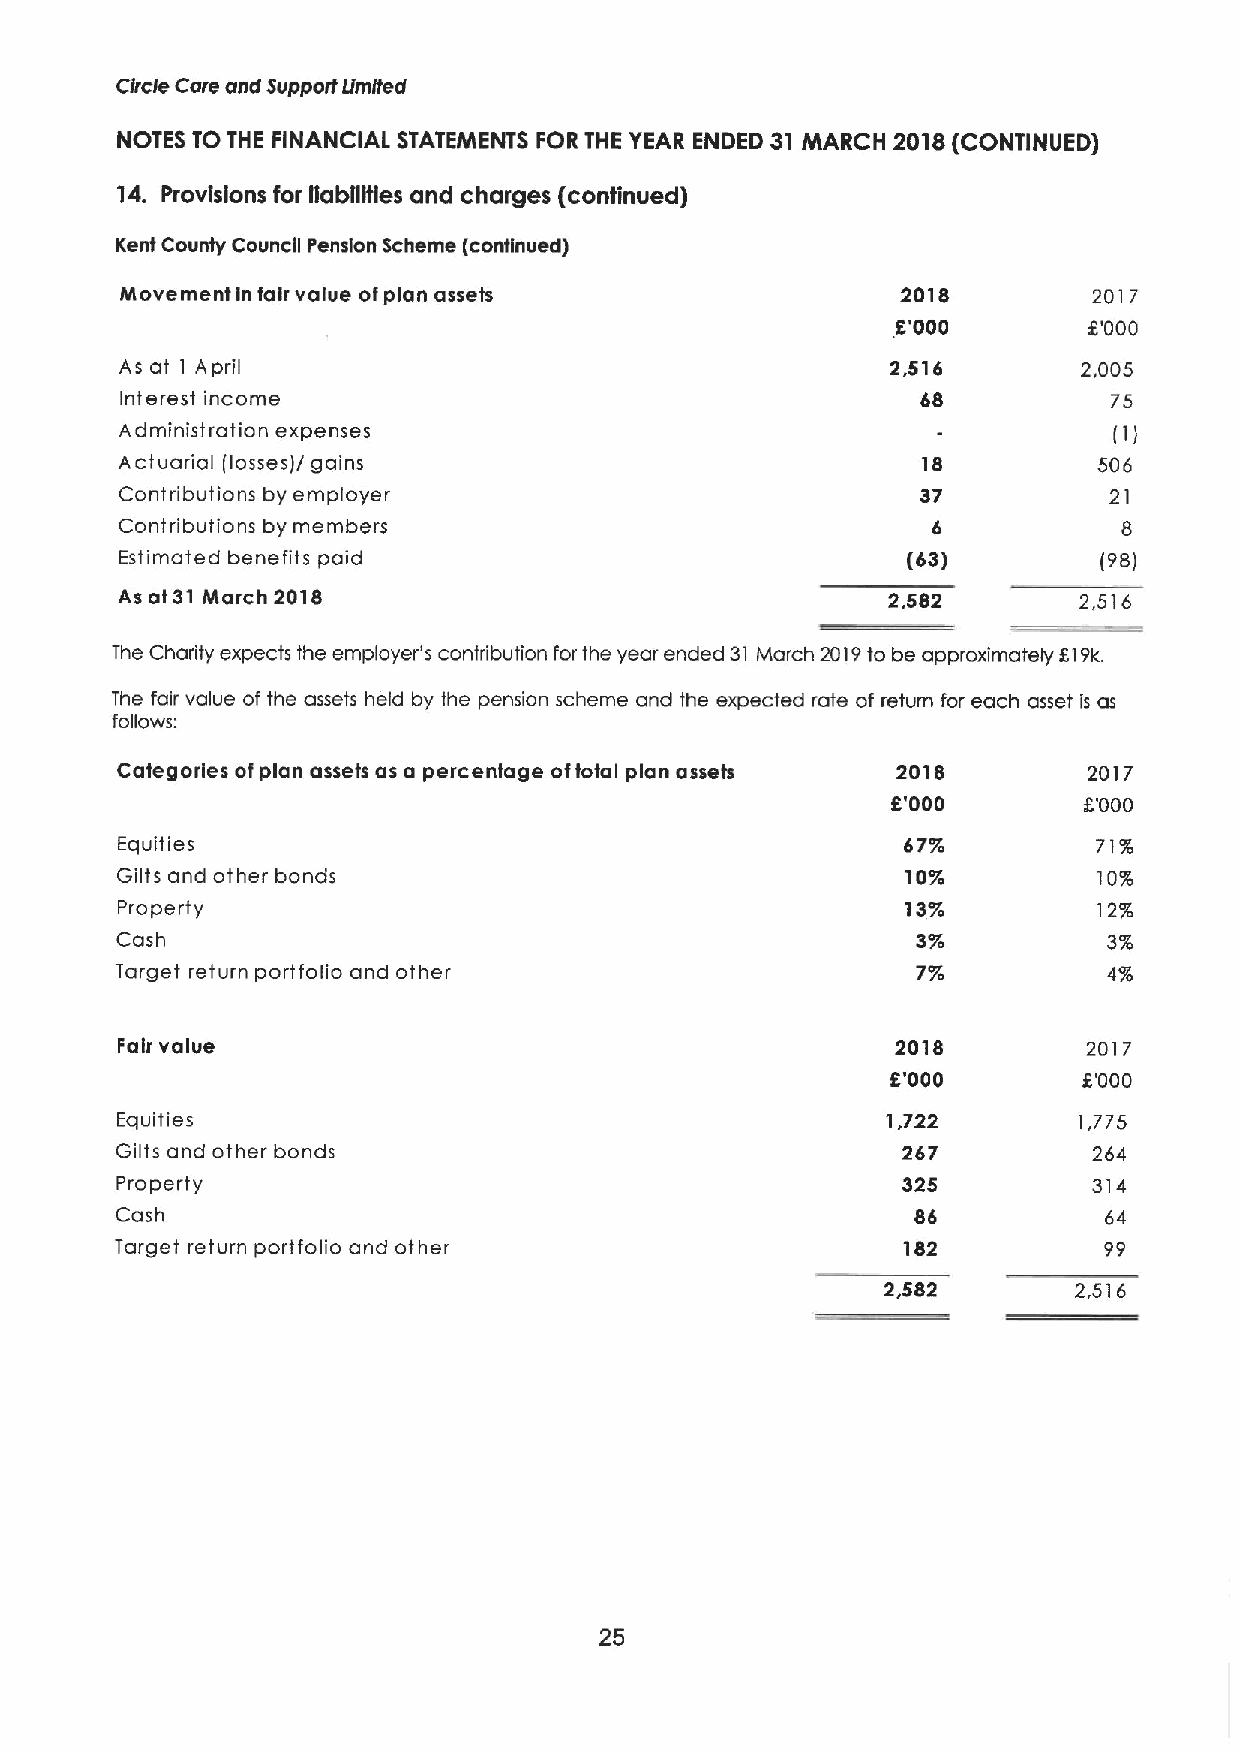
Circle Care and Support Urn(ted
 NOTES TO THE FINANCIAL STATEMENTS FOR THE YEAR ENDED 31 MARCH 2018(CONTINUED)
 14. Provisions for liabilities and charges (continued)
 Kent County Council Pension Scheme (continued)
 Movement In fair value ofplan assets                2018        2017
 5'000        5'000
 As at I April                                      2,516        2,005
 Interest income                                      e8           75
 Administration expenses                                           (I)
 Actuarial (losses)/ gains                            18          506
 Contributions by employer                            37          21
 Contributions by members                              e           8
 Estimated benefits paid                             (63)         (98)
 As at 31 March 2018                                2,582       2,516
 The Charity expects the employer's contribution for the year ended 31 March 2019to be approximately 619k.
 The fair value of the assets held by the pension scheme and the expected rate of return for each asset is as
 follows:
 Categories ofplan assets as a percentage oftotal plan assets 2018 2017
 5'000        6'000
 Equities                                            67%o         71%
 Gilts and other bonds                               10/o         10%
 Property                                            13%o         12%
 Cash                                                 3%o         3%
 Target return portfolio and other                    7/o         4%
 Fair value                                         2018         2017
 5'000        6'000
 Equities                                           1,722       1,775
 Gilts and other bonds                               267         264
 Property                                            325         314
 Cash                                                 86          64
 Target return portfolio and other                   182          99
 2,582       2,516
 25